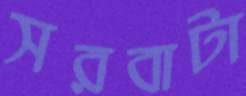
সরবাটা